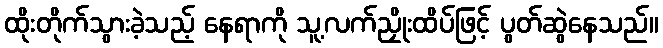
ထိုးတိုက်သွားခဲ့သည့် နေရာကို သူ့လက်ညှိုးထိပ်ဖြင့် ပွတ်ဆွဲနေသည်။